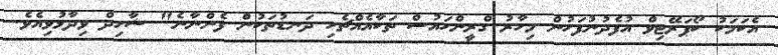
އެކަމަކު ކޯޕަރޭޓިވް އުފެދުނުފަހުން މިހާރު ގްރީންހައުސް ތަކާއެއްޗެހި ދަނޑުތަކުން ފެންނާނެ" ޝާހިދް ވިދާޅުވިއެވެ.